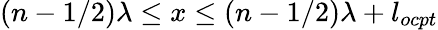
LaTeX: (n-1/2)\lambda\le x\le(n-1/2)\lambda+l_{ocpt}